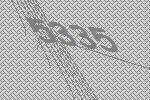
5335